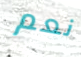
نعم